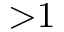
{ > } 1